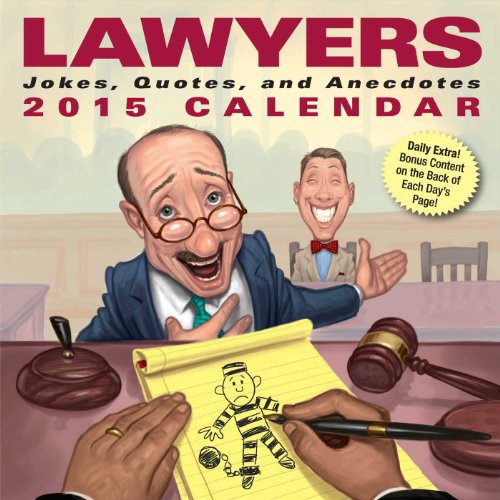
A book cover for Lawyers 2015 Day-to-Day Calendar: Jokes, Quotes, and Anecdotes; Andrews McMeel Publishing LLC; Calendars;